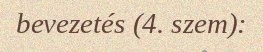
bevezetés (4. szem):